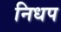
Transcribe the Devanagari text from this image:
निधप